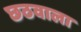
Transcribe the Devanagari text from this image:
छठवाला